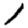
Digit: 1